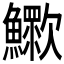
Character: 𣤿